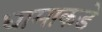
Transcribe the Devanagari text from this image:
धामाकडे